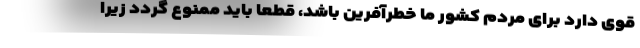
قوی دارد برای مردم کشور ما خطرآفرین باشد، قطعا باید ممنوع گردد زیرا